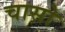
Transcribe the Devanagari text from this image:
चासो